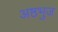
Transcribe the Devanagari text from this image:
अष्ठभुज